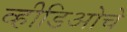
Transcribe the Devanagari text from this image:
व्हीडिओचे